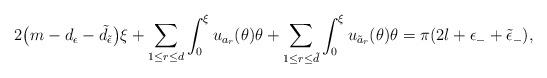
LaTeX: \begin{align*}2\bigl(m-d_\epsilon-\tilde{d}_{\tilde{\epsilon}}\bigr)\xi + \sum_{1\leq r\leq d} \int_0^\xi u_{a_r}(\theta)\theta + \sum_{1\leq r\leq \tilde{d}} \int_0^\xi u_{\tilde{a}_r}(\theta)\theta =\pi (2l+\epsilon_- +\tilde{\epsilon}_-) ,\end{align*}